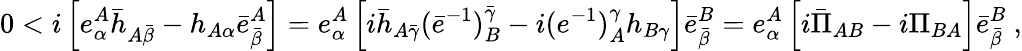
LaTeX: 0<i\left[e_{\alpha}^{A}\bar{h}_{A\bar{\beta}}-h_{A\alpha}\bar{e}_{\bar{\beta}}^{A}\right]=e_{\alpha}^{A}\left[i\bar{h}_{A\bar{\gamma}}(\bar{e}^{-1})_{B}^{\bar{\gamma}}-i(e^{-1})_{A}^{\gamma}h_{B\gamma}\right]\bar{e}_{\bar{\beta}}^{B}=e_{\alpha}^{A}\left[i\bar{\Pi}_{AB}-i\Pi_{BA}\right]\bar{e}_{\bar{\beta}}^{B}\ ,